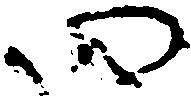
四